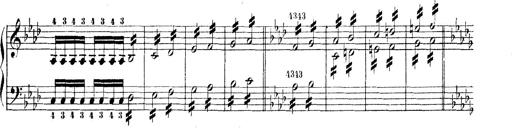
Title: Technische Studien
Composer: Franz Liszt